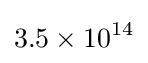
3.5\times 10^{14}